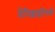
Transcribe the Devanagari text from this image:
मैनिन्जाइटिसके